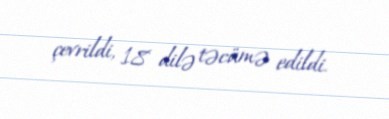
çevrildi, 18 dilə təcümə edildi.